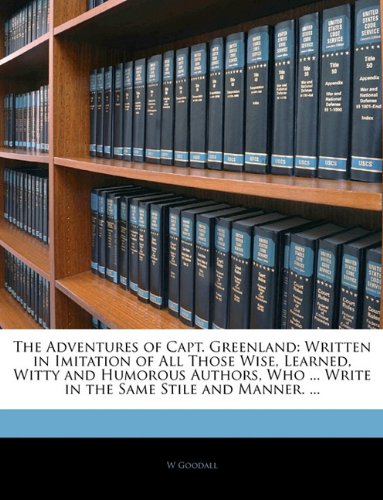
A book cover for The Adventures of Capt. Greenland: Written in Imitation of All Those Wise, Learned, Witty and Humorous Authors, Who ... Write in the Same Stile and Manner. ...; W Goodall; History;